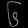
Digit: ၆